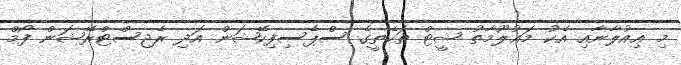
މި ޢިއުލާނާއި އެކު މަޢުލޫމާތު ޝީޓް ތަކެތީގެ ސްޕެސިފިކޭޝަން އަދި ރެޖިސްޓްރޭޝަން ފޯމް